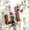
أنا